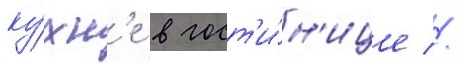
ку́хн'е в гост'и́н'ице //